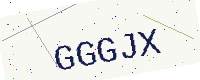
Text: GGGJX